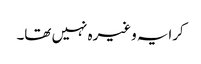
کرایہ وغیرہ نہیں تھا۔